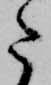
た